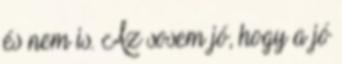
és nem is. Az sosem jó, hogy a jó